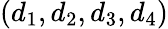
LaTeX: (d_{1},d_{2},d_{3},d_{4})